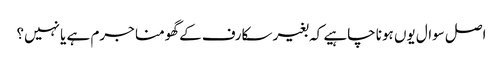
اصل سوال یوں ہونا چاہیے کہ بغیر سکارف کے گھومنا جرم ہے یا نہیں؟